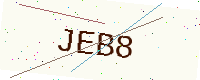
Text: JEB8